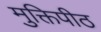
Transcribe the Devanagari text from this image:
मुक्तिपीठ